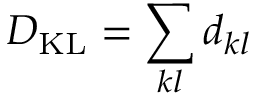
D _ { \mathrm { K L } } = \sum _ { k l } d _ { k l }